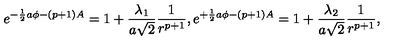
e ^ { - { \frac { 1 } { 2 } } a \phi - ( p + 1 ) A } = 1 + { \frac { \lambda _ { 1 } } { a \sqrt { 2 } } } { \frac { 1 } { r ^ { p + 1 } } } , e ^ { + { \frac { 1 } { 2 } } a \phi - ( p + 1 ) A } = 1 + { \frac { \lambda _ { 2 } } { a \sqrt { 2 } } } { \frac { 1 } { r ^ { p + 1 } } } ,